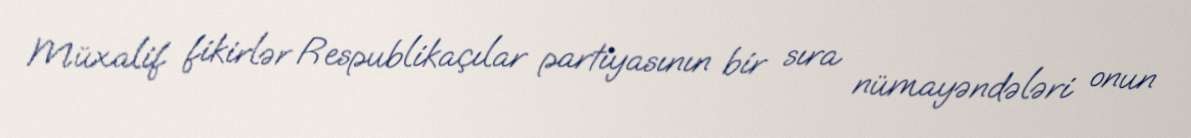
Müxalif fikirlər Respublikaçılar partiyasının bir sıra nümayəndələri onun